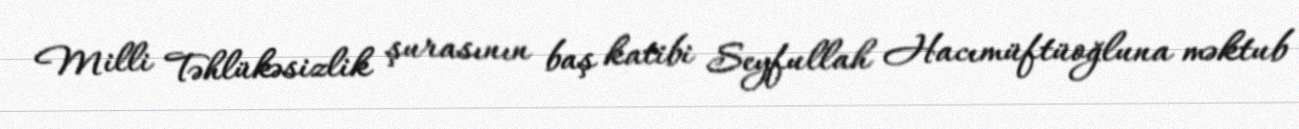
Milli Təhlükəsizlik şurasının baş katibi Seyfullah Hacımüftüoğluna məktub